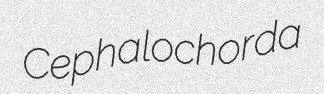
Cephalochorda